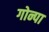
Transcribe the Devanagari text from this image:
गोन्पा